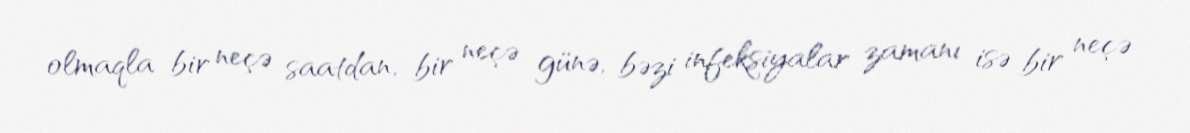
olmaqla bir neçə saatdan, bir neçə günə, bəzi infeksiyalar zamanı isə bir neçə